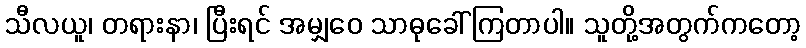
သီလယူ၊ တရားနာ၊ ပြီးရင် အမျှဝေ သာဓုခေါ်ကြတာပါ။ သူတို့အတွက်ကတော့